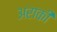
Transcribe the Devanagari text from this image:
अराकी